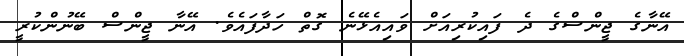
އޭނާގެ ޖީންސްގެ ދެ ފައިކުރިއަށް ވައިއެޅޭނެ ގޮތް ހަދާފައެވެ. އޭނާ ޖީންސް ބޭނުންކުރީ